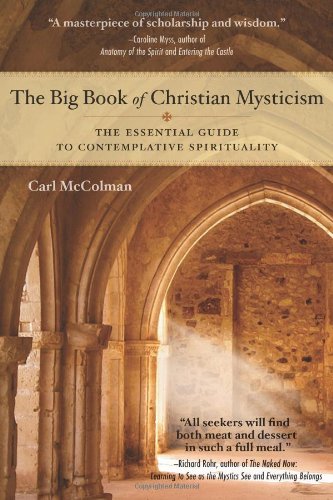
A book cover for The Big Book of Christian Mysticism: The Essential Guide to Contemplative Spirituality; Carl McColman; Christian Books & Bibles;